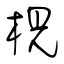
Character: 梘